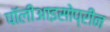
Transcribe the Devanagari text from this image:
पॉलीआइसोप्रीन